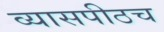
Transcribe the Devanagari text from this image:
व्यासपीठच